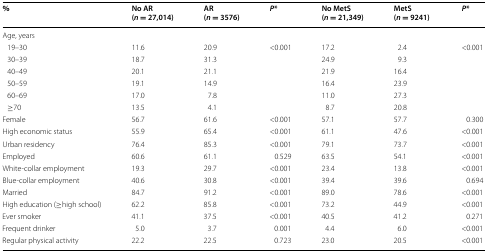
<table><thead><tr><td><b>%</b></td><td><b>No AR (<i>n</i> = 27,014)</b></td><td><b>AR (<i>n</i> = 3576)</b></td><td><b><i>P</i>*</b></td><td><b>No MetS (<i>n</i> = 21,349)</b></td><td><b>MetS (<i>n</i> = 9241)</b></td><td><b><i>P</i>*</b></td></tr></thead><tbody><tr><td colspan="7">Age, years</td></tr><tr><td> 19–30</td><td>11.6</td><td>20.9</td><td rowspan="6">&lt;0.001</td><td>17.2</td><td>2.4</td><td rowspan="6">&lt;0.001</td></tr><tr><td> 30–39</td><td>18.7</td><td>31.3</td><td>24.9</td><td>9.3</td></tr><tr><td> 40–49</td><td>20.1</td><td>21.1</td><td>21.9</td><td>16.4</td></tr><tr><td> 50–59</td><td>19.1</td><td>14.9</td><td>16.4</td><td>23.9</td></tr><tr><td> 60–69</td><td>17.0</td><td>7.8</td><td>11.0</td><td>27.3</td></tr><tr><td> ≥70</td><td>13.5</td><td>4.1</td><td>8.7</td><td>20.8</td></tr><tr><td>Female</td><td>56.7</td><td>61.6</td><td>&lt;0.001</td><td>57.1</td><td>57.7</td><td>0.300</td></tr><tr><td>High economic status</td><td>55.9</td><td>65.4</td><td>&lt;0.001</td><td>61.1</td><td>47.6</td><td>&lt;0.001</td></tr><tr><td>Urban residency</td><td>76.4</td><td>85.3</td><td>&lt;0.001</td><td>79.1</td><td>73.7</td><td>&lt;0.001</td></tr><tr><td>Employed</td><td>60.6</td><td>61.1</td><td>0.529</td><td>63.5</td><td>54.1</td><td>&lt;0.001</td></tr><tr><td>White-collar employment</td><td>19.3</td><td>29.7</td><td>&lt;0.001</td><td>23.4</td><td>13.8</td><td>&lt;0.001</td></tr><tr><td>Blue-collar employment</td><td>40.6</td><td>30.8</td><td>&lt;0.001</td><td>39.4</td><td>39.6</td><td>0.694</td></tr><tr><td>Married</td><td>84.7</td><td>91.2</td><td>&lt;0.001</td><td>89.0</td><td>78.6</td><td>&lt;0.001</td></tr><tr><td>High education (≥high school)</td><td>62.2</td><td>85.8</td><td>&lt;0.001</td><td>73.2</td><td>44.9</td><td>&lt;0.001</td></tr><tr><td>Ever smoker</td><td>41.1</td><td>37.5</td><td>&lt;0.001</td><td>40.5</td><td>41.2</td><td>0.271</td></tr><tr><td>Frequent drinker</td><td>5.0</td><td>3.7</td><td>0.001</td><td>4.4</td><td>6.0</td><td>&lt;0.001</td></tr><tr><td>Regular physical activity</td><td>22.2</td><td>22.5</td><td>0.723</td><td>23.0</td><td>20.5</td><td>&lt;0.001</td></tr></tbody></table>